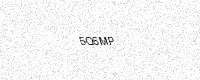
Text: 5Q5MP